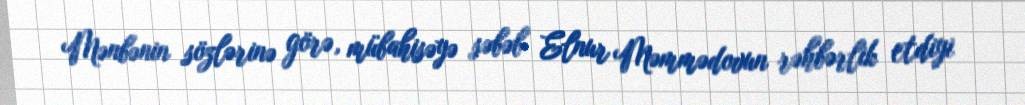
Mənbənin sözlərinə görə, mübahisəyə səbəb Elnur Məmmədovun rəhbərlik etdiyi